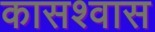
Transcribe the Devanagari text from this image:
कासश्वास